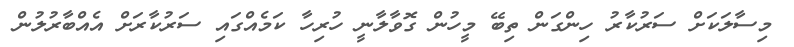
މިސާލަކަށް ސަރުކާރު ހިންގަން ތިބޭ މީހުން ގޮވާލާނީ ހުރިހާ ކަމެއްގައި ސަރުކާރަށް އެއްބާރުލުން